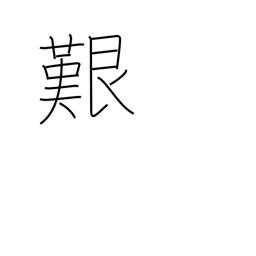
Meaning: perilous